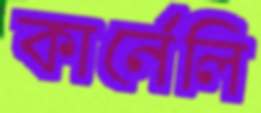
কার্নেলি